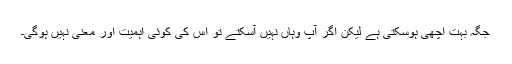
جگہ بہت اچھی ہوسکتی ہے لیکن اگر آپ وہاں نہیں آسکتے تو اس کی کوئی اہمیت اور معنی نہیں ہوگی۔